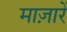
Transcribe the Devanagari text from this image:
माज़ारें